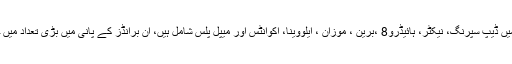
ان منرل واٹر کمپنیوں میں ڈیپ سپرنگ، نیکٹر، ہائیڈرو8 ،برین ، موزان ، ایلووینا، اکوانٹس اور میپل پلس شامل ہیں، ان برانڈز کے پانی میں بڑی تعداد میں جراثیم بھی پائے گئے ۔